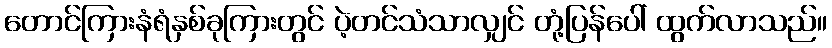
တောင်ကြားနံရံနှစ်ခုကြားတွင် ပဲ့တင်သံသာလျှင် တုံ့ပြန်ပေါ် ထွက်လာသည်။